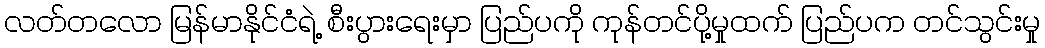
လတ်တလော မြန်မာနိုင်ငံရဲ့ စီးပွားရေးမှာ ပြည်ပကို ကုန်တင်ပို့မှုထက် ပြည်ပက တင်သွင်းမှု